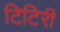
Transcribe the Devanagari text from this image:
टिटिरी